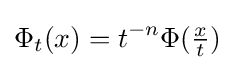
\Phi _{t}(x)=t^{-n}\Phi ({\tfrac {x}{t}})